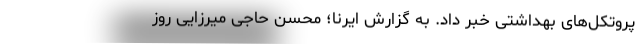
پروتکل‌های بهداشتی خبر داد. به گزارش ایرنا؛ محسن حاجی میرزایی روز